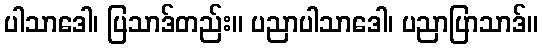
ပါသာဒေါ၊ ပြသာဒ်တည်း။ ပညာပါသာဒေါ၊ ပညာပြာသာဒ်။